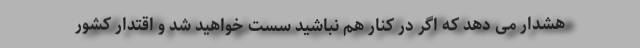
هشدار می دهد که اگر در کنار هم نباشید سست خواهید شد و اقتدار کشور